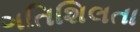
ગતિશિલતા